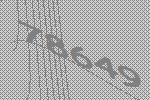
78649